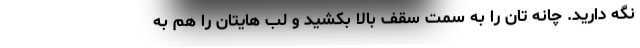
نگه دارید. چانه تان را به سمت سقف بالا بکشید و لب هایتان را هم به